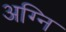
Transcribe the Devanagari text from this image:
अग्‍नि